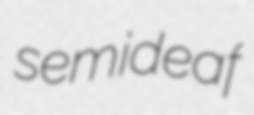
semideaf